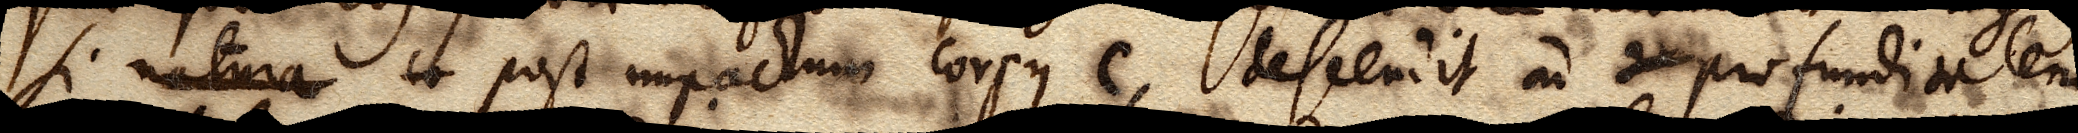
si natura co post impactum corpus C, descendit ad profunditatem